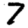
Digit: 7